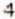
4